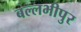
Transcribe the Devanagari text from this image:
बल्लभीपुर